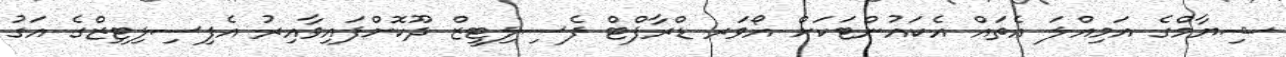
ޝިޔާމްގެ އަމިއްލަ އެތައް އެކައުންޓަކަށް އޯވަރ ޑްރާފްޓް ފެސިލިޓީޒް ދޫކޮށްފައިވާއިރު އެފިސިލިޓިޒްގެ އަގު